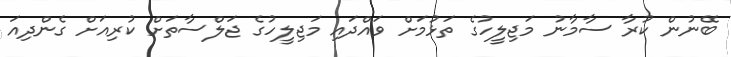
ބޭނުން ކުރާ ސާމާނު މަޖިލީހުގެ ތަޅުމަށް ވައްދައި މަޖިލީހުގެ ޖަލްސާތަށް ކުރިއަށް ގެންދިއަ